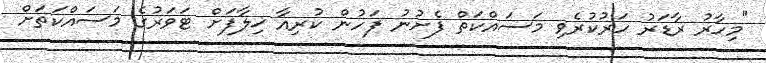
"މިހާރު ރާޑަރު ހަރުކުރެވި މަސައްކަތް ފެށުނު ފަހުން ކުރިއާ ޚިލާފަށް ޓަވަރުގެ މަސައްކަތަށް